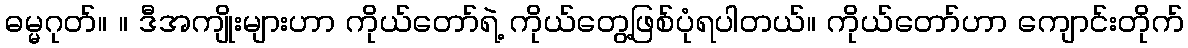
ဓမ္မဂုတ်။ ။ ဒီအကျိုးများဟာ ကိုယ်တော်ရဲ့ ကိုယ်တွေ့ဖြစ်ပုံရပါတယ်။ ကိုယ်တော်ဟာ ကျောင်းတိုက်